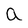
Character: a